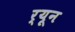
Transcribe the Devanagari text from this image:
र्यून